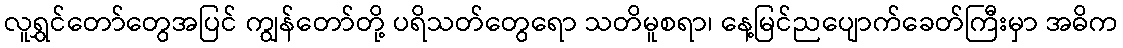
လူရွှင်တော်တွေအပြင် ကျွန်တော်တို့ ပရိသတ်တွေရော သတိမူစရာ၊ နေ့မြင်ညပျောက်ခေတ်ကြီးမှာ အဓိက